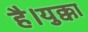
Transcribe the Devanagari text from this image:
है।युक्का